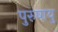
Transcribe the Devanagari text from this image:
पुरुषायु